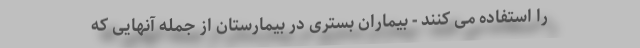
را استفاده می کنند - بیماران بستری در بیمارستان از جمله آنهایی که